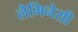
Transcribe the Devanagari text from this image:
लैमिनेसी